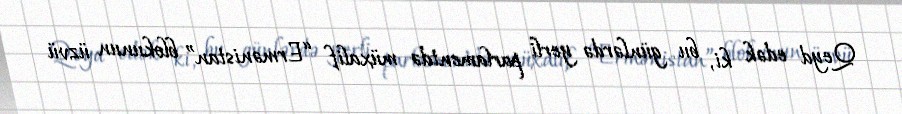
Qeyd edək ki, bu günlərdə yerli parlamentdə müxalif “Ermənistan” blokunun üzvü